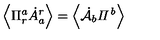
\left\langle \Pi _ { r } ^ { a } \dot { A } _ { a } ^ { r } \right\rangle = \left\langle \dot { { \cal A } } _ { b } { \it \Pi ^ { b } } \right\rangle